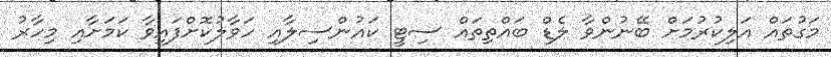
މަގުތައް އަލިކުރުމަށް ބޭނުންވާ ލެޑް ބައްތިތައް ސިޓީ ކައުންސިލާއި ހަވާލުކޮށްފައިވާ ކަމަށާއި މިހާރު